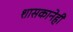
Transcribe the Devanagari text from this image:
शासकानेही